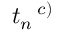
t _ { n } \, ^ { c ) }